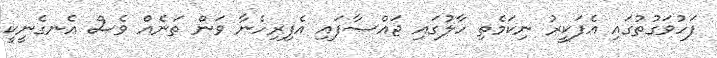
ފަހުވަގުތުގައި އެފަކީރު ނިކަމެތި ހާލުގައި ޖައްސާފައި އެފިރިހެނާ ވަން ތަނެއް ވެސް އެނގެނީކީ